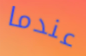
عندما